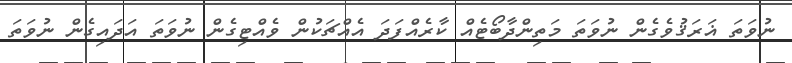
ނުވަތަ ޣަރަޤުވެގެން ނުވަތަ މަތިންދާބޯޓެއް ކާރެއްފަދަ އެއްޗަކުން ވެއްޓިގެން ނުވަތަ އަދައިގެން ނުވަތަ